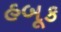
હબૂક